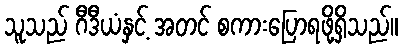
သူသည် ဂီဒီယံနှင့် အတင် စကားပြောရဖို့ရှိသည်။